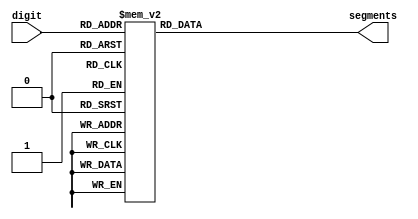
`timescale 1ns/1ps

module seven_segment_decoder(digit, segments);

  input [3:0] digit;
  output reg [6:0] segments;

  always @(*)
    case(digit)
      0: segments = 7'b1111110;
      1: segments = 7'b0110000;
      2: segments = 7'b1101101;
      3: segments = 7'b1111001;
      4: segments = 7'b0110011;
      5: segments = 7'b1011011;
      6: segments = 7'b1011111;
      7: segments = 7'b1110000;
      8: segments = 7'b1111111;
      9: segments = 7'b1111011;
      default: segments = 7'b0000000;
    endcase
  
endmodule